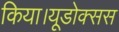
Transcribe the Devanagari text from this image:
किया।यूडोक्‍सस